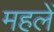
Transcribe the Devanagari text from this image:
महलें